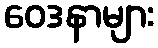
ဝေဒနာများ